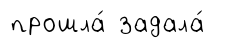
прошла́ задала́